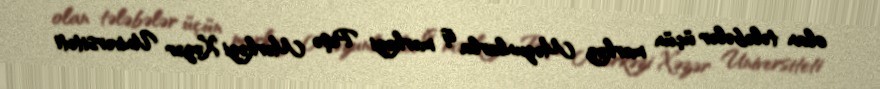
olan tələbələr üçün mərkəz Məzunlarla iş mərkəzi Peşə Mərkəzi Xəzər Universiteti